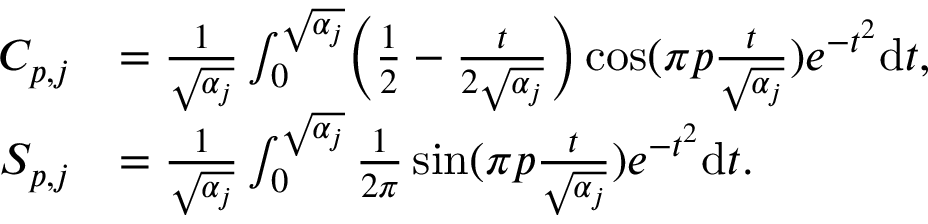
\begin{array} { r l } { C _ { p , j } } & { = \frac { 1 } { \sqrt { \alpha _ { j } } } \int _ { 0 } ^ { \sqrt { \alpha _ { j } } } \biggr ( \frac { 1 } { 2 } - \frac { t } { 2 \sqrt { \alpha _ { j } } } \biggr ) \cos ( \pi p \frac { t } { \sqrt { \alpha _ { j } } } ) e ^ { - t ^ { 2 } } \mathrm { d } t , } \\ { S _ { p , j } } & { = \frac { 1 } { \sqrt { \alpha _ { j } } } \int _ { 0 } ^ { \sqrt { \alpha _ { j } } } \frac { 1 } { 2 \pi } \sin ( \pi p \frac { t } { \sqrt { \alpha _ { j } } } ) e ^ { - t ^ { 2 } } \mathrm { d } t . } \end{array}